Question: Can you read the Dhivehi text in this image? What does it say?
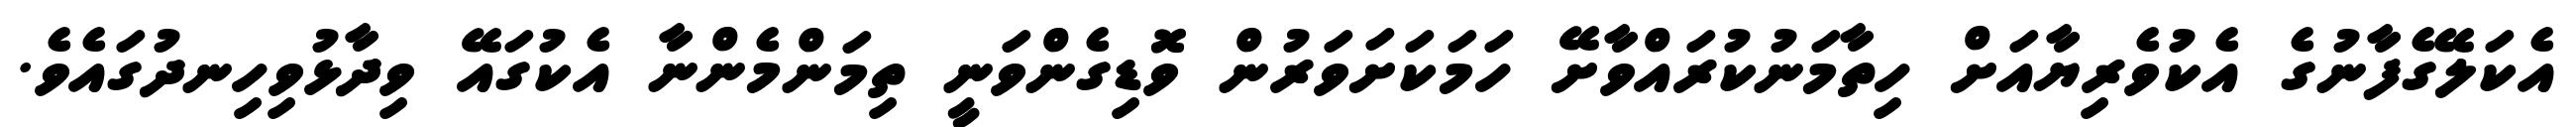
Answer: އެކަލޭގެފާނުގެ އެކުވެރިޔާއަށް ހިތާމަނުކުރައްވާށޭ ހަމަކަށަވަރުން ވޮޑިގެންވަނީ ތިމަންމެންނާ އެކުގައޭ ވިދާޅުވިހިނދުގައެވެ.